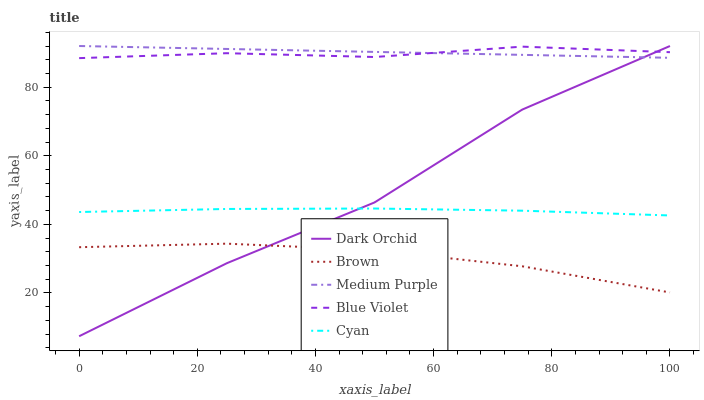
| xaxis_label | Dark Orchid | Brown | Medium Purple | Blue Violet | Cyan |
 | --- | --- | --- | --- | --- | --- |
 | 0 | 7.38 | 33.3 | 92 | 88.5 | 43.6 |
 | 25 | 28.7 | 34.4 | 91.1 | 89.9 | 44.5 |
 | 50 | 46.4 | 32.5 | 90.3 | 88.8 | 44.6 |
 | 75 | 73.5 | 27.8 | 89.4 | 91.8 | 44 |
 | 100 | 92 | 20.1 | 88.6 | 90.2 | 42.6 |